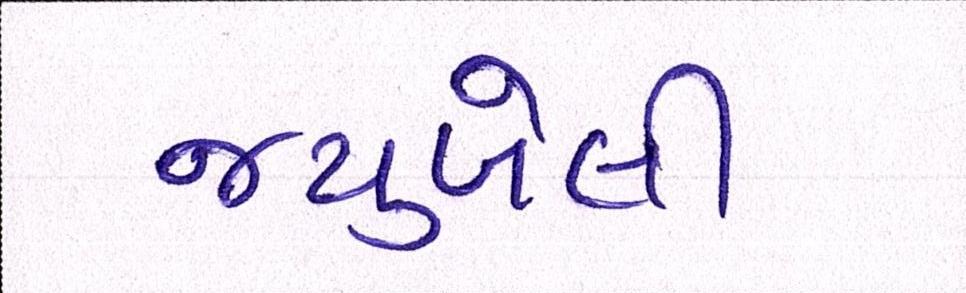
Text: જ્યુબેલી